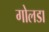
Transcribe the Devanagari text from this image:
गोलडा